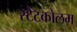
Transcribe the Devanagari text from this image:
स्टैटकोलम